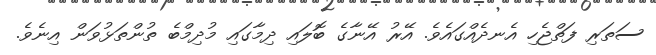
ސަތަރި ފަތްޖެހި އެނދެއްގައެވެ. އޭރު އޭނާގެ ބޮލައި ދިމާގައި މުދިމްބެ ތުންތަޅުވަން އިނެވެ.